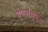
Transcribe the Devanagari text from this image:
इएसपूएन